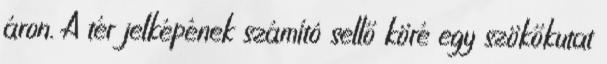
áron. A tér jelképének számító sellő köré egy szökőkutat